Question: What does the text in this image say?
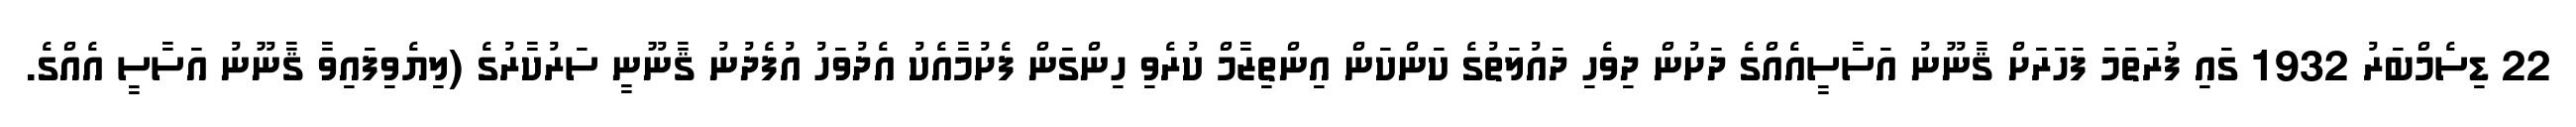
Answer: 22 ޑިސެމްބަރު 1932 ގައި ފުރަތަމަ ފަހަރަށް ޤާނޫނު އަސާސީއެއްގެ ދަށުން ދިވެހި ދައުލަތުގެ ކަންކަން އިންތިޒާމް ކުރެވި ހިންގަން ފެށުމާއެކު އެދުވަހު އުފެދުނު ޤާނޫނީ ސަރުކާރުގެ (ލިޔެވިފައިވާ ޤާނޫނު އަސާސީ އެއްގެ.